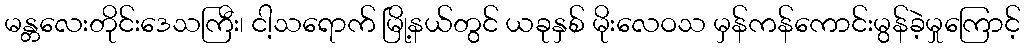
မန္တလေးတိုင်းဒေသကြီး၊ ငါ့သရောက် မြို့နယ်တွင် ယခုနှစ် မိုးလေဝသ မှန်ကန်ကောင်းမွန်ခဲ့မှုကြောင့်